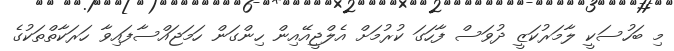
މި ބަހުސަކީ ލާމަރުކަޒީ ދުވަސް ފާހަގަ ކުރުމަށް އެލްޖީއޭއިން ހިންގަން ހަމަޖައްސާފައިވާ ހަރަކާތްތަކުގެ